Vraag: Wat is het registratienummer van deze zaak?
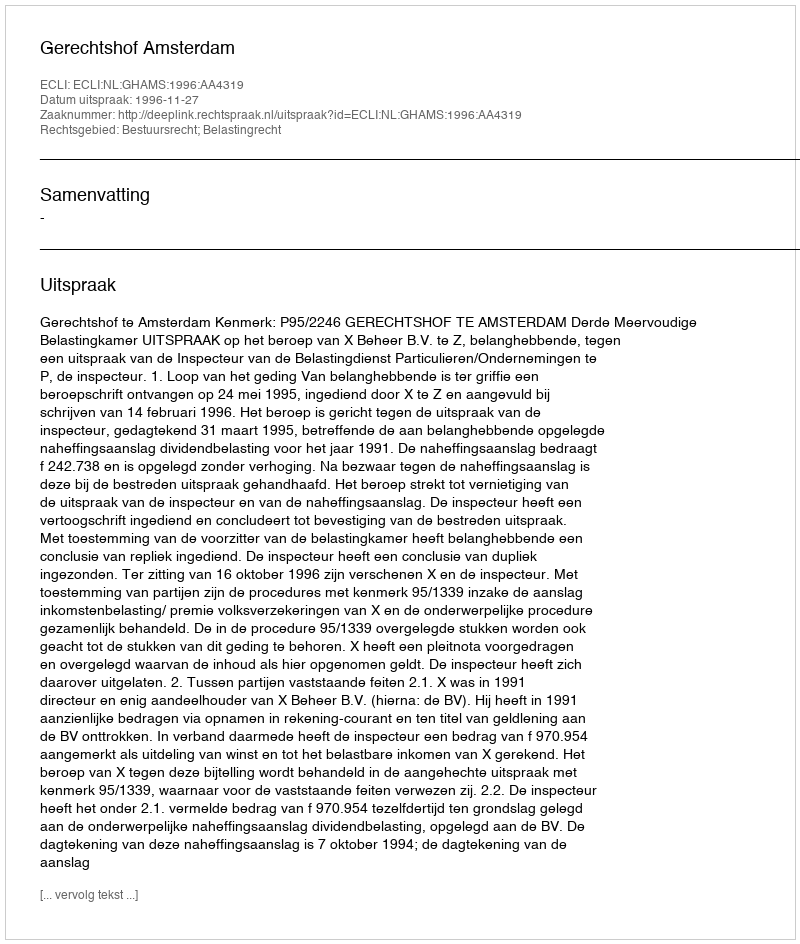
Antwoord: http://deeplink.rechtspraak.nl/uitspraak?id=ECLI:NL:GHAMS:1996:AA4319